Indian journal of veterinary science and animal husbandry - Volume 8,
Year: 1938
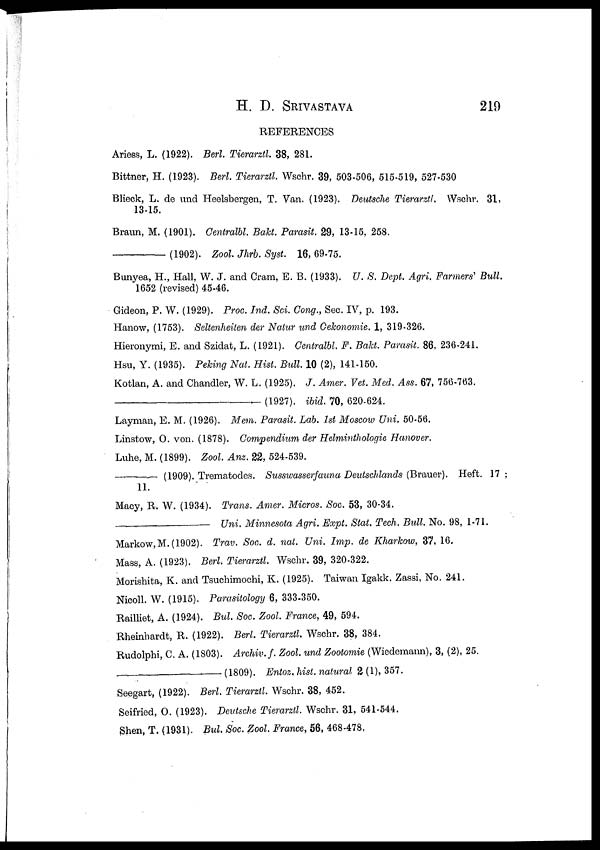
H. D.
SRIVASTAVA
219
REFERENCES
Ariess, L. (1922). Berl Tierarztl. 38, 281.
Bittner, H. (1923). Berl. Tierarztl. Wschr. 39, 503-506, 515-519, 527-530
Blieck, L. de und Heelsbergen, T. Van. (1923). Deutsche Tierarztl. Wschr. 31,
13-15.
Braun, M. (1901). Centralbl. Bakt. Parasit. 29, 13-15, 258.
––––––––––(1902). Zool. Jhrb. Syst. 16, 69.75.
Bunyea, H., Hall, W. J. and Cram, E. B. (1933). U. S. Dept. Agri. Farmers' Bull.
1652 (revised) 45-46.
Gideon, P. W. (1929). Proc. Ind. Sci. Cong., Sec. IV, p. 193.
Hanow, (1753). Seltenheiten der Natur und Cekonomie. 1, 319-326.
Hieronymi, E. and Szidat, L. (1921). Centralbl. F. Bakt. Parasit. 86, 236-241.
Hsu, Y. (1935). Peking Nat. Hist. Bull. 10 (2), 141-150.
Kotlan, A. and Chandler, W. L. (1925). J. Amer. Vet. Med. Ass. 67, 756-763.
–––––––––––––(1927).
ibid. 70, 620-624.
Layman, E. M. (1926). Mem. Parasit. Lab. 1st Moscow Uni. 50-56.
Linstow, O. von. (1878). Compendium der Helminthologie Hanover.
Luhe, M. (1899). Zool. Anz. 22, 524-539.
————— (1909). Trematodes. Susswasserfauna Deutschlands (Brauer). Heft. 17 ;
11.
Macy, R. W. (1934). Trans. Amer. Micros. Soc. 53, 30-34.
————————Uni. Minnesota Agri. Expt. Stat. Tech. Bull. No. 98, 1-71.
Markow,M. (1902). Trav. Soc. d. nat. Uni. Imp. de Kharkow, 37, 16.
Mass, A. (1923). Berl. Tierarztl. Wschr. 39, 320-322.
Morishita, K. and Tsuchimochi, K. (1925). Taiwan Igakk. Zassi, No. 241.
Nicoll. W. (1915). Parasitology 6, 333-350.
Railliet, A. (1924). Bul. Soc. Zool. France, 49, 594.
Rheinhardt, R. (1922). Berl. Tierarztl. Wschr. 38, 384.
Rudolphi, C. A. (1803). Archiv. f. Zool, und Zootomie (Wiedemann), 3, (2), 25.
——————(1809).
Entoz. hist, natural 2 (1), 357.
Seegart, (1922). Berl. Tierarztl. Wschr. 38, 452.
Seifried, O. (1923). Deutsche Tierarztl. Wschr. 31, 541-544.
Shen, T. (1931). Bul. Soc. Zool. France, 56, 468-478.